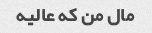
مال من که عالیه